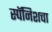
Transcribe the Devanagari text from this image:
स्पॅनिशचा